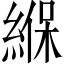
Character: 緥